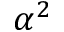
\alpha ^ { 2 }